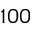
1 0 0